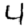
Digit: 4